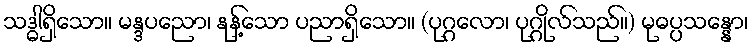
သဒ္ဓါရှိသော။ မန္ဒပညော၊ နုန့်သော ပညာရှိသော။ (ပုဂ္ဂလော၊ ပုဂ္ဂိုလ်သည်။) မုဓပ္ပသန္နော၊